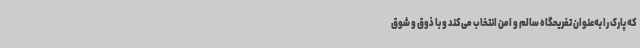
که پارک را به‌عنوان تفریحگاه سالم و امن انتخاب می‌کند و با ذوق و شوق